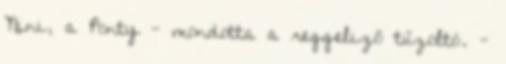
Nini, a Ponty - mondotta a reggeliző tűzoltó. -